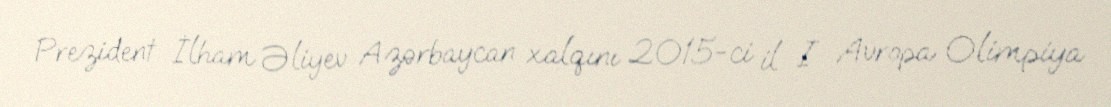
Prezident İlham Əliyev Azərbaycan xalqını 2015-ci il I Avropa Olimpiya